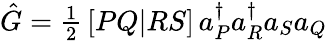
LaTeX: \begin{array}{r}{\hat{G}=\frac{1}{2}\, [PQ|RS]\, a_{P}^{\dagger}a_{R}^{\dagger}a_{S}a_{Q}}\end{array}